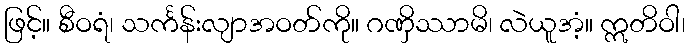
ဖြင့်။ စီဝရံ၊ သင်္ကန်းလျာအဝတ်ကို။ ဂဏှိဿာမိ၊ လဲယူအံ့။ ဣတိဝါ၊